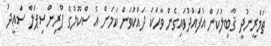
ތަމްރީނުދީ ޤާބިލުކަން އުފައްދުވައިގެން ވާހަކަ ދައްކުވަން ކަމަށް އެ ސްކޫލުގެ ޕްރިންސިޕަލް ސަޢީދު